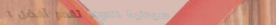
صيدلية الدواء تقدم أفضل ا